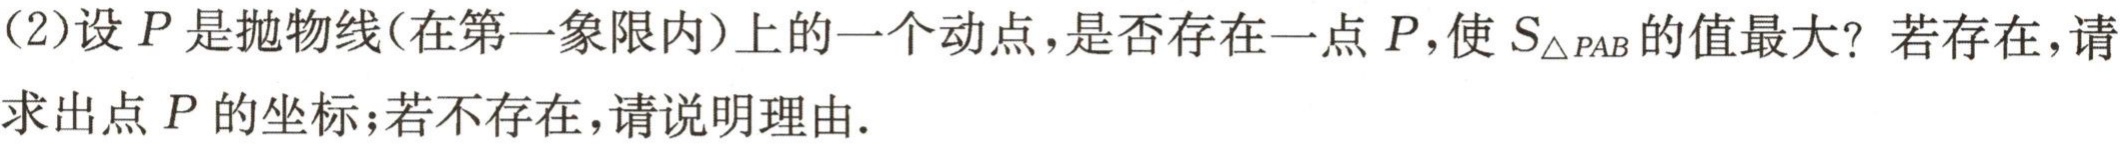
(2)设\(P\)是抛物线(在第一象限内)上的一个动点，是否存在一点\(P\)，使\(S_{\triangle PAB}\)的值最大？若存在，请求出点\(P\)的坐标；若不存在，请说明理由.